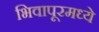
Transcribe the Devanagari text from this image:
भिवापूरमध्ये